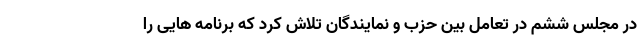
در مجلس ششم در تعامل بین حزب و نمایندگان تلاش کرد که برنامه هایی را